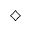
\diamondsuit